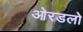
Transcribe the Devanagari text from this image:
ओरडलो